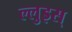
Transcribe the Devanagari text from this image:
ल्लुइस्